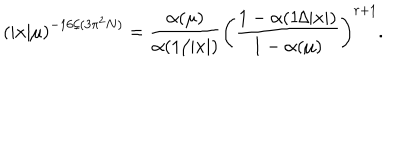
\left( | x | \mu \right) ^ { - 1 6 / ( 3 \pi ^ { 2 } N ) } = { \frac { \alpha ( \mu ) } { \alpha ( 1 / | x | ) } } \left( { \frac { 1 - \alpha ( 1 / | x | ) } { 1 - \alpha ( \mu ) } } \right) ^ { r + 1 } .